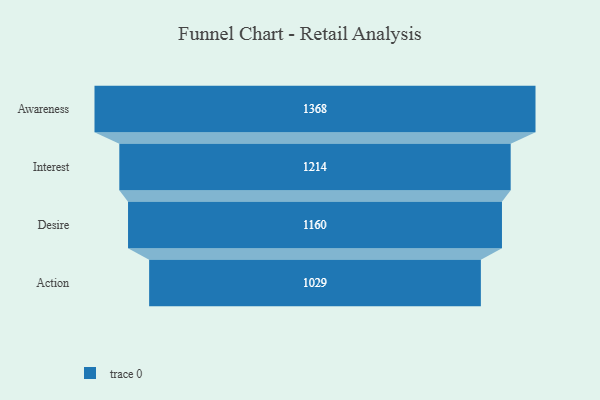
{"axis": {"x": "Stage", "y": "Value"}, "legend": [""], "data": [{"x": "Awareness", "y": 1368.0, "type": ""}, {"x": "Interest", "y": 1214.0, "type": ""}, {"x": "Desire", "y": 1160.0, "type": ""}, {"x": "Action", "y": 1029.0, "type": ""}]}